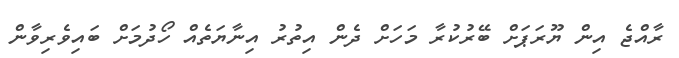
ރާއްޖެ އިން ޔޫރަޕަށް ބޭރުކުރާ މަހަށް ދެން އިތުރު އިނާޔަތެއް ހޯދުމަށް ބައިވެރިވާން